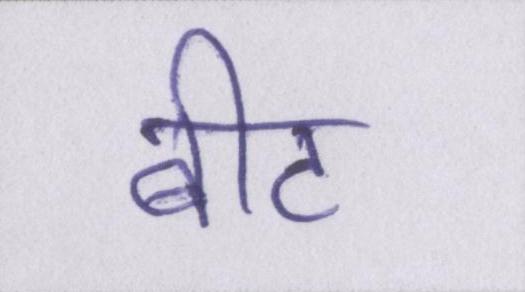
बीट